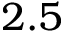
2 . 5